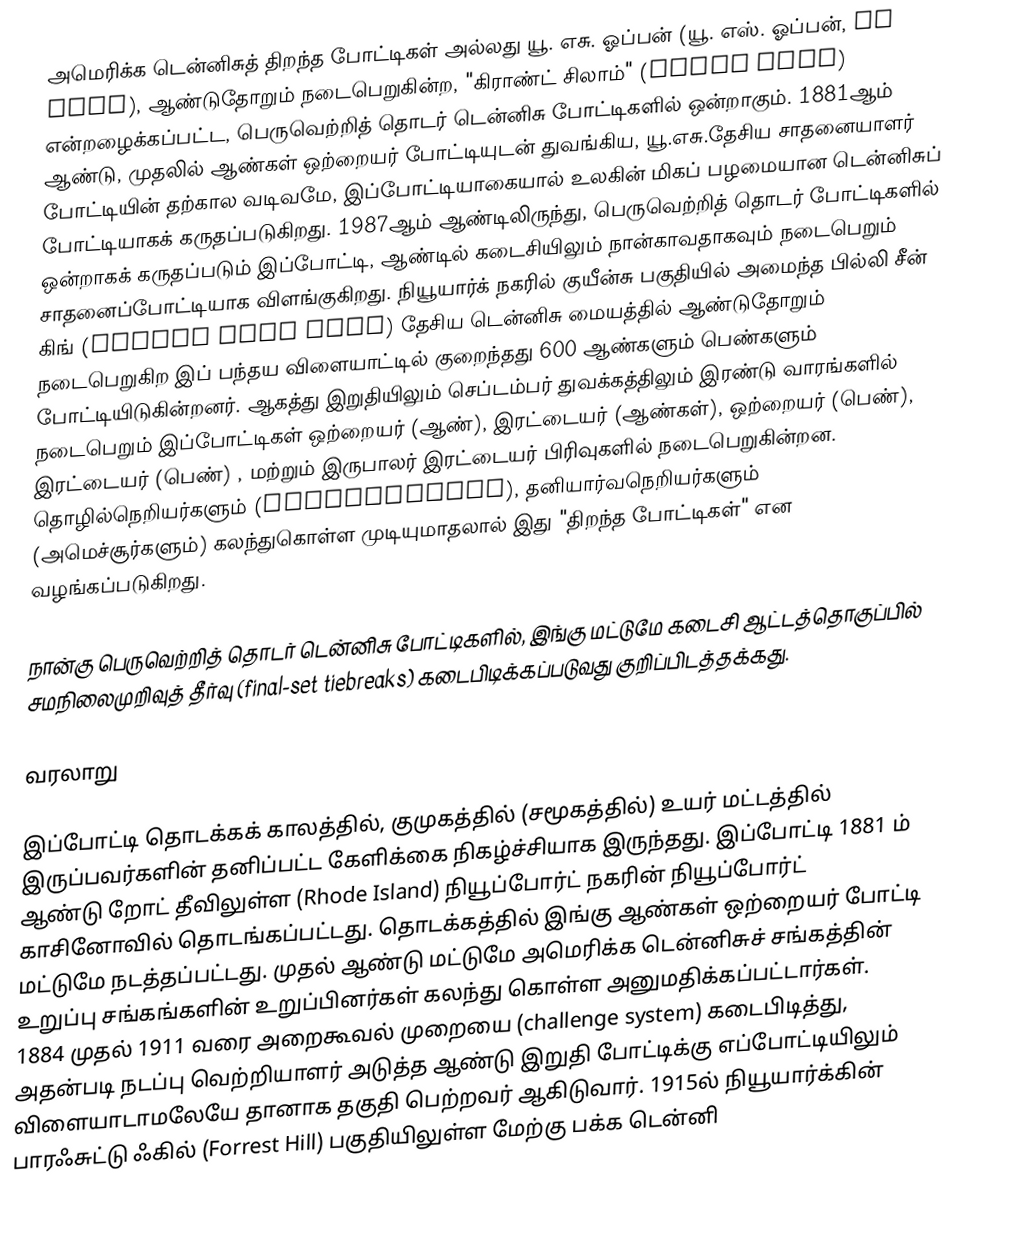
அமெரிக்க டென்னிசுத் திறந்த போட்டிகள் அல்லது யூ. எசு. ஓப்பன் (யூ. எஸ். ஓப்பன், US Open), ஆண்டுதோறும் நடைபெறுகின்ற, "கிராண்ட் சிலாம்" (Grand Slam) என்றழைக்கப்பட்ட, பெருவெற்றித் தொடர் டென்னிசு போட்டிகளில் ஒன்றாகும். 1881ஆம் ஆண்டு, முதலில் ஆண்கள் ஒற்றையர் போட்டியுடன் துவங்கிய, யூ.எசு.தேசிய சாதனையாளர் போட்டியின் தற்கால வடிவமே, இப்போட்டியாகையால் உலகின் மிகப் பழமையான டென்னிசுப் போட்டியாகக் கருதப்படுகிறது. 1987ஆம் ஆண்டிலிருந்து, பெருவெற்றித் தொடர் போட்டிகளில் ஒன்றாகக் கருதப்படும் இப்போட்டி, ஆண்டில் கடைசியிலும் நான்காவதாகவும் நடைபெறும் சாதனைப்போட்டியாக விளங்குகிறது. நியூயார்க் நகரில் குயீன்சு பகுதியில் அமைந்த பில்லி சீன் கிங் (Billie Jean King) தேசிய டென்னிசு மையத்தில் ஆண்டுதோறும் நடைபெறுகிற இப் பந்தய விளையாட்டில் குறைந்தது 600 ஆண்களும் பெண்களும் போட்டியிடுகின்றனர். ஆகத்து இறுதியிலும் செப்டம்பர் துவக்கத்திலும் இரண்டு வாரங்களில் நடைபெறும் இப்போட்டிகள் ஒற்றையர் (ஆண்), இரட்டையர் (ஆண்கள்), ஒற்றையர் (பெண்), இரட்டையர் (பெண்) , மற்றும் இருபாலர் இரட்டையர் பிரிவுகளில் நடைபெறுகின்றன. தொழில்நெறியர்களும் (professional), தனியார்வநெறியர்களும் (அமெச்சூர்களும்) கலந்துகொள்ள முடியுமாதலால் இது "திறந்த போட்டிகள்" என வழங்கப்படுகிறது.

நான்கு பெருவெற்றித் தொடர் டென்னிசு போட்டிகளில், இங்கு மட்டுமே கடைசி ஆட்டத்தொகுப்பில் சமநிலைமுறிவுத் தீர்வு (final-set  tiebreaks) கடைபிடிக்கப்படுவது குறிப்பிடத்தக்கது.

வரலாறு

இப்போட்டி தொடக்கக் காலத்தில், குமுகத்தில் (சமூகத்தில்) உயர் மட்டத்தில் இருப்பவர்களின் தனிப்பட்ட கேளிக்கை நிகழ்ச்சியாக இருந்தது. இப்போட்டி 1881 ம் ஆண்டு றோட் தீவிலுள்ள (Rhode Island) நியூப்போர்ட் நகரின் நியூப்போர்ட் காசினோவில் தொடங்கப்பட்டது. தொடக்கத்தில் இங்கு ஆண்கள் ஒற்றையர் போட்டி மட்டுமே நடத்தப்பட்டது. முதல் ஆண்டு மட்டுமே அமெரிக்க டென்னிசுச் சங்கத்தின் உறுப்பு சங்கங்களின் உறுப்பினர்கள் கலந்து கொள்ள அனுமதிக்கப்பட்டார்கள். 1884 முதல் 1911 வரை அறைகூவல் முறையை (challenge system) கடைபிடித்து, அதன்படி நடப்பு வெற்றியாளர் அடுத்த ஆண்டு இறுதி போட்டிக்கு எப்போட்டியிலும் விளையாடாமலேயே தானாக தகுதி பெற்றவர் ஆகிடுவார். 1915ல் நியூயார்க்கின் பாரஃசுட்டு ஃகில் (Forrest Hill) பகுதியிலுள்ள மேற்கு பக்க டென்னி